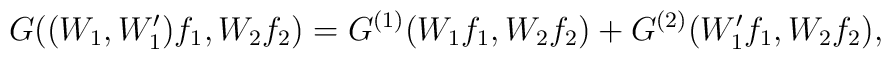
G((W_1,W'_{1})f_1, W_2f_2)=G^{(1)}(W_1f_1, W_2f_2)+G^{(2)}(W'_{1}f_1, W_2f_2),